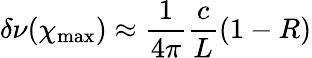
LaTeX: \delta\nu(\chi_{\mathrm{max}})\approx\frac{1}{4\pi}\frac{c}{L}(1-R)